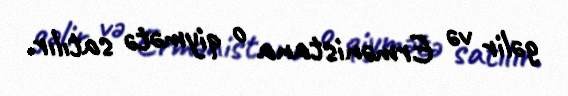
gəlir və Ermənistana o qiymətə satılır.